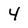
Character: 4